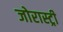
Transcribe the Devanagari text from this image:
जोरास्ट्री